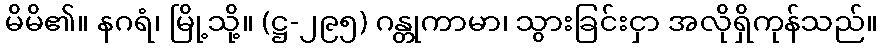
မိမိ၏။ နဂရံ၊ မြို့သို့။ (ဋ္ဌ-၂၉၅) ဂန္တုကာမာ၊ သွားခြင်းငှာ အလိုရှိကုန်သည်။